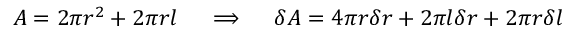
A = 2 \pi r ^ { 2 } + 2 \pi r l \quad \implies \quad \delta A = 4 \pi r \delta r + 2 \pi l \delta r + 2 \pi r \delta l